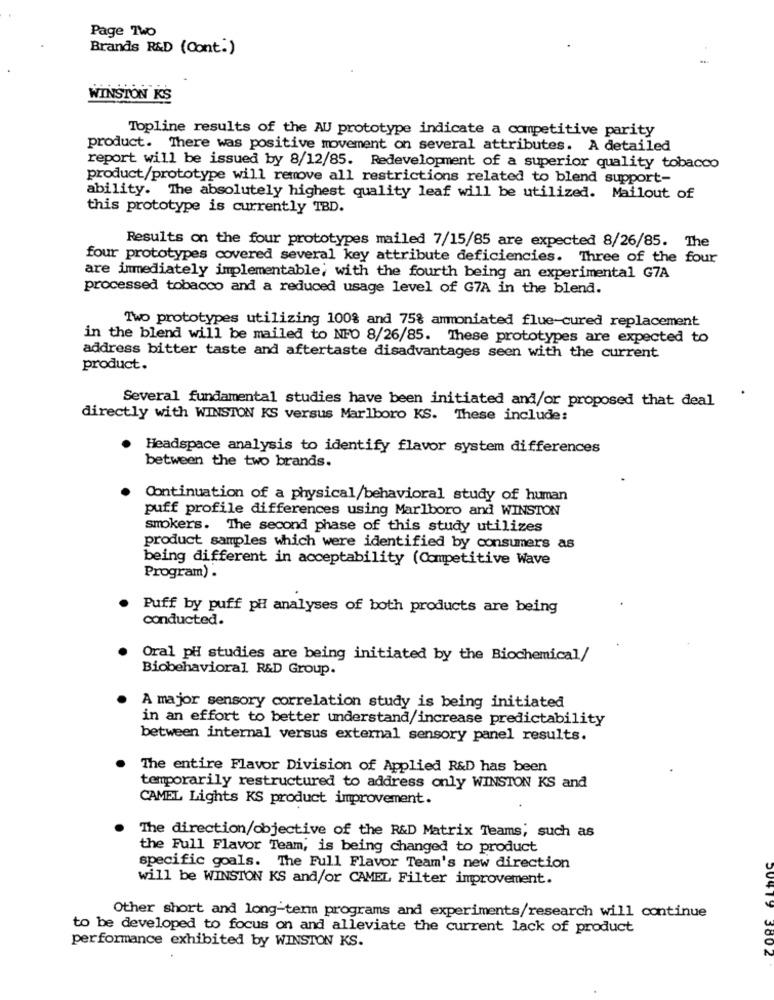
Page Two
Brands R&D (Cont.)
WINSTON KS
Topline results of the AU prototype indicate a competitive parity
product. There was positive movement on several attributes. A detailed
report will be issued by 8/12/85. Redevelopment of a superior quality tobacco
product/prototype will remove all restrictions related to blend support-
ability. The absolutely highest quality leaf will be utilized. Mailout of
this prototype is currently TBD.
Results on the four prototypes mailed 7/15/85 are expected 8/26/85. The
four prototypes covered several key attribute deficiencies. Three of the four
are immediately implementable; with the fourth being an experimental G7A
processed tobacco and a reduced usage level of G7A in the blend.
Two prototypes utilizing 100% and 75% ammoniated flue-cured replacement
in the blend will be mailed to NFO 8/26/85. These prototypes are expected to
address bitter taste and aftertaste disadvantages seen with the current
product.
Several fundamental studies have been initiated and/or proposed that deal
directly with WINSTON KS versus Marlboro KS. These include:
Headspace analysis to identify flavor system differences
between the two brands.
Continuation of a physical/behavioral study of human
puff profile differences using Marlboro and WINSTON
smokers. The second phase of this study utilizes
product samples which were identified by consumers as
being different in acceptability (Competitive Wave
Program) .
Puff by puff pH analyses of both products are being
conducted.
Oral pH studies are being initiated by the Biochemical/
Biobehavioral. R&D Group.
A major sensory correlation study is being initiated
in an effort to better understand/increase predictability
between internal versus external sensory panel results.
The entire Flavor Division of Applied R&D has been
temporarily restructured to address only WINSTON KS and
CAMEL Lights KS product improvement.
The direction/objective of the R&D Matrix Teams, such as
the Full Flavor Team, is being changed to product
specific goals. The Full Flavor Team's new direction
will be WINSTON KS and/or CAMEL Filter improvement.
Other short and long-term programs and experiments/research will continue
to be developed to focus on and alleviate the current lack of product
performance exhibited by WINSTON KS.
50419 3802